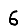
Digit: 6